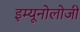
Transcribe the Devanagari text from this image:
इम्यूनोलोजी